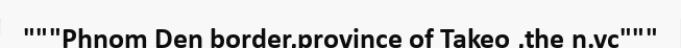
"""Phnom Den border,province of Takeo ,the n.vc"""